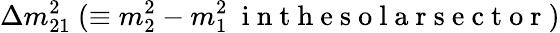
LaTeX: \Delta{m}_{21}^{2}~(\equiv{m}_{2}^{2}-{m}_{1}^{2}~\mathrm{~i~n~t~h~e~s~o~l~a~r~s~e~c~t~o~r~})